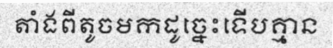
តាំងពីតូចមកដូច្នេះទើបគ្មាន